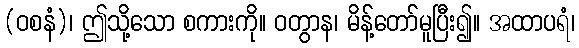
(ဝစနံ)၊ ဤသို့သော စကားကို။ ဝတွာန၊ မိန့်တော်မူပြီး၍။ အထာပရံ၊